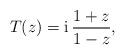
LaTeX: \begin{align*}T(z)=\mathrm{i}\,\frac{1+z}{1-z},\end{align*}